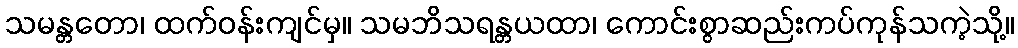
သမန္တတော၊ ထက်ဝန်းကျင်မှ။ သမဘိသရန္တယထာ၊ ကောင်းစွာဆည်းကပ်ကုန်သကဲ့သို့။